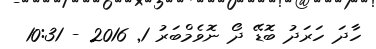
ހާދަ ހަރަދު ބޮޑޭ ދޯ ނޮވެމްބަރު 1